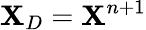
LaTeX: \mathbf{X}_{D}=\mathbf{X}^{n+1}